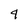
Character: 4